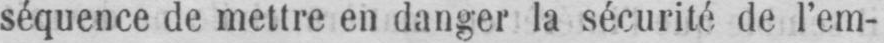
séquence de mettre en danger la sécurité de l’em-